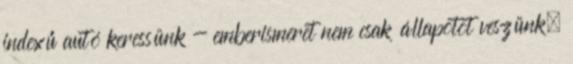
indexű autó keressünk - emberismeret nem csak állapotot veszünk,